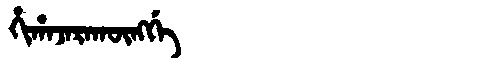
Manchu: ᡥᡳᡥᠠᠵᠠᡵᠠᡴᡡᠩᡤᡝ
Romanization: HIHAJARAKŪNGGE